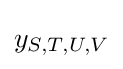
y_{S,T,U,V}